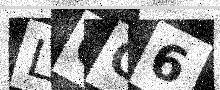
Text: LOG6